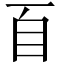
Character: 𦣻